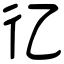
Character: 𢒼